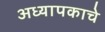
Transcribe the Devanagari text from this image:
अध्यापकाचे